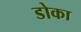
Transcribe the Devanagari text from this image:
डोका